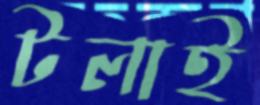
টলাই